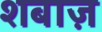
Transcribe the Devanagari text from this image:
शबाज़